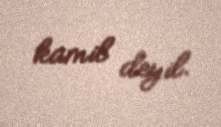
kamil deyil.